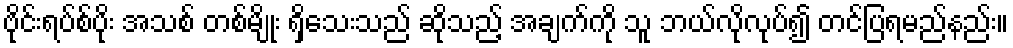
ဗိုင်းရပ်စ်ပိုး အသစ် တစ်မျိုး ရှိသေးသည် ဆိုသည့် အချက်ကို သူ ဘယ်လိုလုပ်၍ တင်ပြရမည်နည်း။